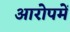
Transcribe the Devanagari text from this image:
आरोपमें